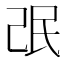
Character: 𱥩